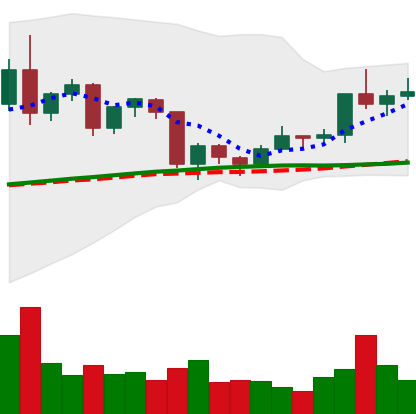
Ticker: TRX-USD
Chart end date: 2020-12-19
Forward return: -11.483%
Label: down_7plus